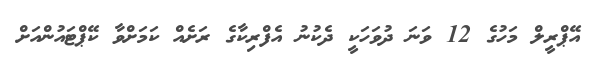
އޭޕްރީލް މަހުގެ 12 ވަނަ ދުވަހަކީ ދެކުނު އެފްރިކާގެ ރަށެއް ކަމަށްވާ ކޭޕްޓައުންއަށް